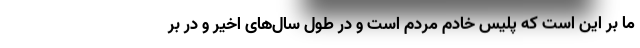
ما بر این است که پلیس خادم مردم است و در طول سال‌های اخیر و در بر